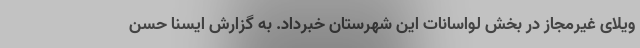
ویلای غیرمجاز در بخش لواسانات این شهرستان خبرداد. به گزارش ایسنا حسن